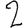
Digit: 2